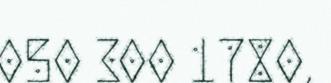
050 300 1780,